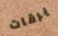
يرقات